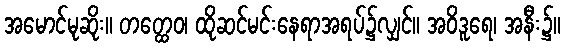
အမောင်မုဆိုး။ တတ္ထေဝ၊ ထိုဆင်မင်းနေရာအရပ်၌လျှင်။ အဝိဒူရေ၊ အနီး၌။